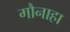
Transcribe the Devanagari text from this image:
गौनाहा